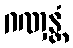
ဂဏှန္တံ